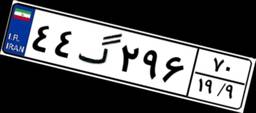
۴۴گ۲۹۶۷۰